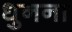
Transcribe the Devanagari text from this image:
धुनना